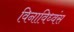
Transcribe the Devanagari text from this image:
विनाविध्वंस